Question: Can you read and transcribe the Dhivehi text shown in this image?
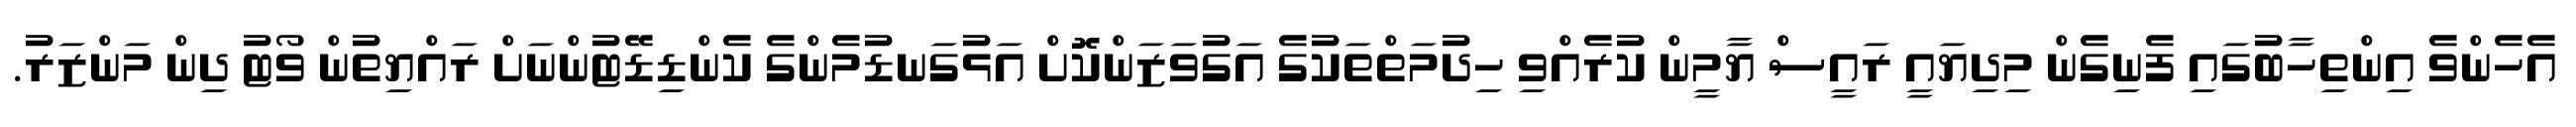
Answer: އެހެންވެ އިންތިހާބުގައި ފެނިގެން މިދިޔައީ ރައީސް ޔާމީން ކުރެއްވި ހިދުމަތްތަކުގެ އަގުވަޒަންކޮށް އަޅުގަނޑުމެންގެ ކެންޑިޑޭޓުންނަށް ރައްޔިތުން ވޯޓު ދިން މަންޒަރު.